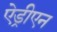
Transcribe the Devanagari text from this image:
ऐड्रीएन